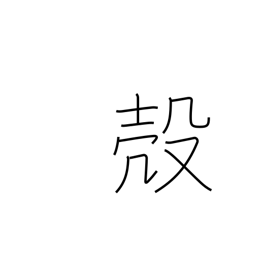
Meaning: husk